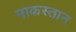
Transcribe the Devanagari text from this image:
पाकस्तान